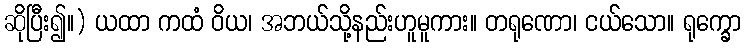
ဆိုပြီး၍။) ယထာ ကထံ ဝိယ၊ အဘယ်သို့နည်းဟူမူကား။ တရုဏော၊ ငယ်သော။ ရုက္ခော